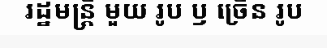
រដ្ឋមន្ត្រី មួយ រូប ឫ ច្រើន រូប